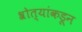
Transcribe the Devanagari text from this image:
श्रोत्यांकडून